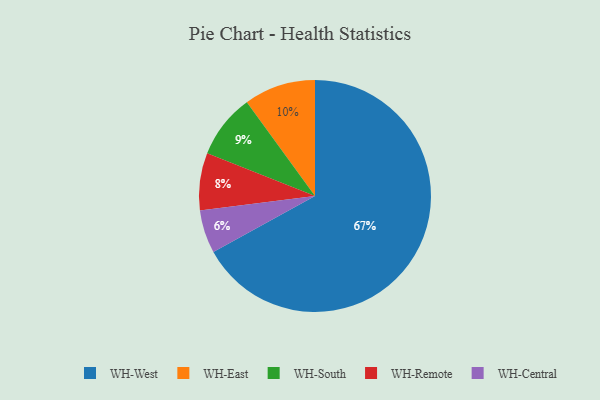
{"axis": {"x": "Category", "y": "Percentage"}, "legend": ["WH-Central", "WH-East", "WH-Remote", "WH-South", "WH-West"], "data": [{"x": "WH-West", "y": 67, "type": "WH-West"}, {"x": "WH-Remote", "y": 8, "type": "WH-Remote"}, {"x": "WH-South", "y": 9, "type": "WH-South"}, {"x": "WH-Central", "y": 6, "type": "WH-Central"}, {"x": "WH-East", "y": 10, "type": "WH-East"}]}